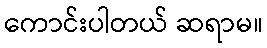
ကောင်းပါတယ် ဆရာမ။